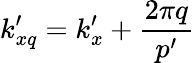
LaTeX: k_{xq}^{\prime}=k_{x}^{\prime}+\frac{2\pi q}{p^{\prime}}